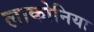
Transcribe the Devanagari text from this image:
लाकोनिया